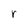
Character: r